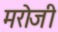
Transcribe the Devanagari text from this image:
मरोजी